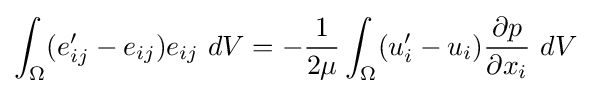
\int _{\Omega }(e_{ij}'-e_{ij})e_{ij}\ dV=-{\frac {1}{2\mu }}\int _{\Omega }(u_{i}'-u_{i}){\frac {\partial p}{\partial x_{i}}}\ dV